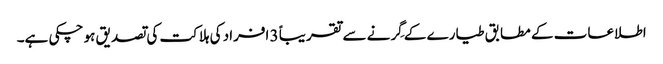
اطلاعات کے مطابق طیارے کے گِرنے سے تقریباً 3 افراد کی ہلاکت کی تصدیق ہو چکی ہے۔